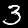
Label: 3